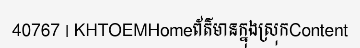
40767 | KHTOEMHomeព័ត៌មានក្នុងស្រុកContent